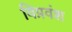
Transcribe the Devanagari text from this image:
विप्रवंश